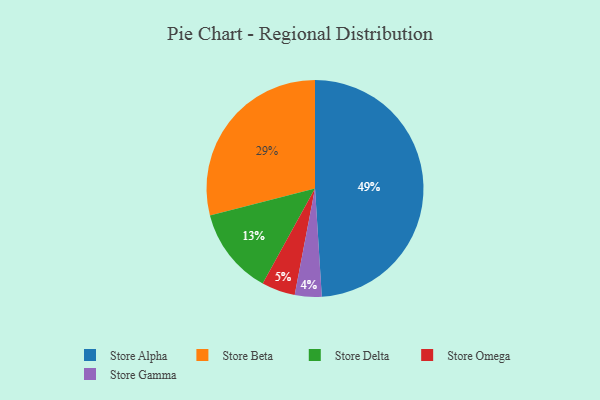
{"axis": {"x": "Category", "y": "Percentage"}, "legend": ["Store Alpha", "Store Beta", "Store Delta", "Store Gamma", "Store Omega"], "data": [{"x": "Store Omega", "y": 5, "type": "Store Omega"}, {"x": "Store Delta", "y": 13, "type": "Store Delta"}, {"x": "Store Alpha", "y": 49, "type": "Store Alpha"}, {"x": "Store Beta", "y": 29, "type": "Store Beta"}, {"x": "Store Gamma", "y": 4, "type": "Store Gamma"}]}